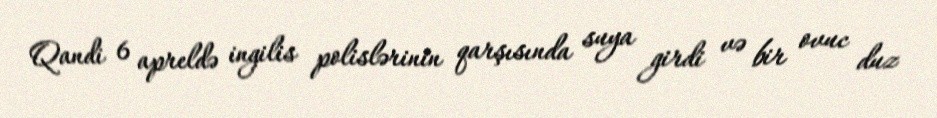
Qandi 6 apreldə ingilis polislərinin qarşısında suya girdi və bir ovuc duz